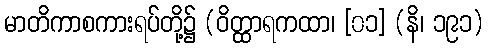
မာတိကာစကားရပ်တို့၌ (ဝိတ္ထာရကထာ၊ [၀၁] (နိ၊ ၁၉၁)